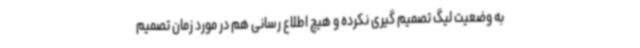
به وضعیت لیگ تصمیم گیری نکرده و هیچ اطلاع رسانی هم در مورد زمان تصمیم